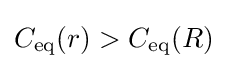
C_{\mathrm {eq} }(r)>C_{\mathrm {eq} }(R)